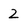
Character: 2